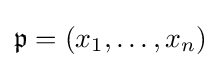
{\mathfrak {p}}=(x_{1},\ldots ,x_{n})